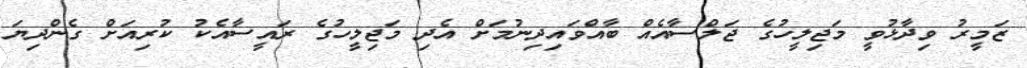
ޒަމީރު ވިދާޅުވީ މަޖިލީހުގެ ޖަލްސާއެއް ބާއްވައިދިނުމަށް އެދި މަޖިލީހުގެ ރައީސާއެކު ކުރިއަށް ގެންދިޔަ